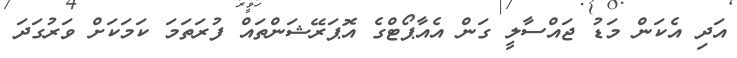
އަދި އެކަން މަޑު ޖައްސާލީ ގަން އެއާޕޯޓްގެ އޮޕަރޭޝަންތައް ފުރަތަމަ ކަމަކަށް ވަރުގަދަ